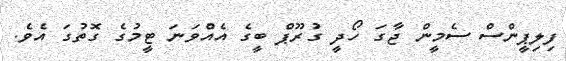
ފިލިޕީންސް ސެމީން ޖާގަ ހޯދީ ގުރޫޕް ބީގެ އެއްވަނަ ޓީމުގެ ގޮތުގަ އެވެ.